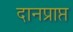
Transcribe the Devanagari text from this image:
दानप्राप्त